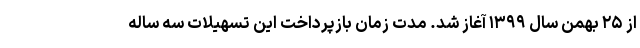
از ۲۵ بهمن سال ۱۳۹۹ آغاز شد. مدت زمان بازپرداخت این تسهیلات سه ساله